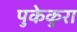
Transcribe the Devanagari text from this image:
पुकेकुरा